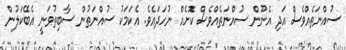
ސުއްނަތެއްވެސް އަދި އެނޫން ސުއްނަތެއްވެސް ކޮށެއް ނުހަދައެވެ. އެކަމަކު ސުއްނަތުން ސާބިތުވަނީ އެބޭކަލުން